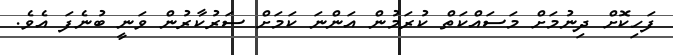
ފަހިކޮށް ދިނުމަށް މަސައްކަތް ކުރަމުން އަންނަ ކަމަށް ސަރުކާރުން ވަނީ ބުނެފަ އެވެ.